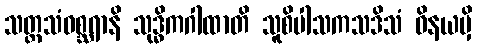
သတ္တသံဝစ္ဆရာနိ သုဒ္ဓိကဂါထာတိ သူစိပါသကသဒိသံ ဝိနယမှိ